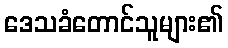
ဒေသခံတောင်သူများ၏